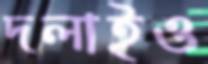
দলাইও